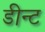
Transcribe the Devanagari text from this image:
डीन्ट